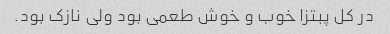
در کل پبتزا خوب و خوش طعمی بود ولی نازک بود.